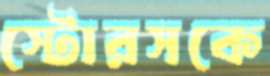
স্টোরসকে